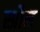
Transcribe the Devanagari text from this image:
स्प्रौल